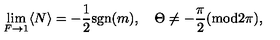
\lim _ { F \to 1 } \langle N \rangle = - { \frac { 1 } { 2 } } \mathrm { s g n } ( m ) , \quad \Theta \neq - \frac { \pi } { 2 } ( \mathrm { m o d } 2 \pi ) ,